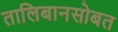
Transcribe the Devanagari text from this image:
तालिबानसोबत